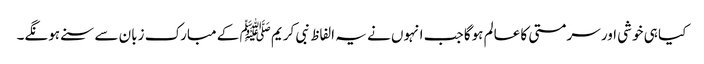
کیا ہی خوشی اور سرمستی کا عالم ہوگا جب انہوں نے یہ الفاظ نبی کریم ﷺ کے مبارک زبان سے سنے ہونگے۔